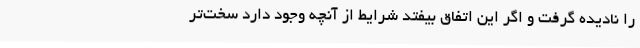
را نادیده گرفت و اگر این اتفاق بیفتد شرایط از آنچه وجود دارد سخت‌تر